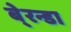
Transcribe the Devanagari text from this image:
बे्रन्डा